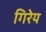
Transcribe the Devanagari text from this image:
गिरेय